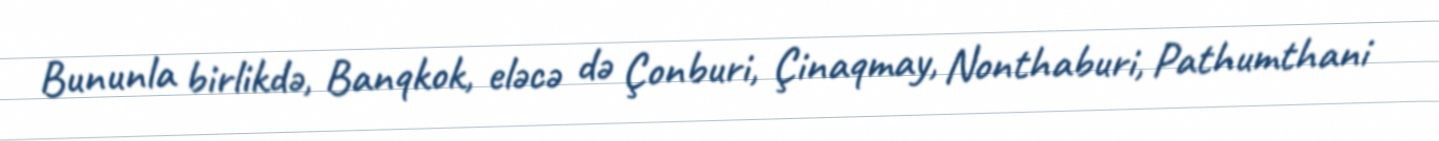
Bununla birlikdə, Banqkok, eləcə də Çonburi, Çinaqmay, Nonthaburi, Pathumthani